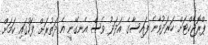
ޕްރޮޖެކްޓަށް ހަރަދުވާނެ ފައިސާގެ އަދަދު ވެސް އެނގޭނީ އެ ދަތުރަށް ފަހުގައި ކަމަށް